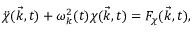
\ddot { \chi } ( \vec { k } , t ) + { \omega } _ { k } ^ { 2 } ( t ) { \chi } ( \vec { k } , t ) = F _ { \chi } ( \vec { k } , t ) ,